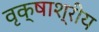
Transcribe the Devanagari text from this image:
वृक्षाश्रीय